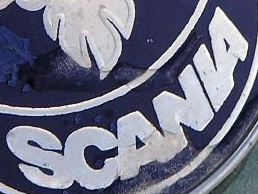
SCANLA